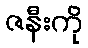
ဇနီးကို